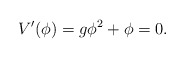
\begin{align*}V'(\phi) = g \phi^2 + \phi = 0 .\end{align*}